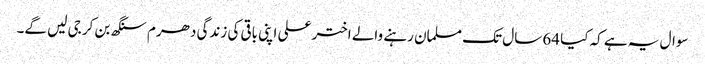
سوال یہ ہے کہ کیا 64 سال تک مسلمان رہنے والے اختر علی اپنی باقی کی زندگی دھرم سنگھ بن کر جی لیں گے۔